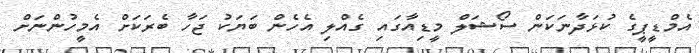
އެމްޑީޕީގެ ކުޅަދާނަކަން ސޯޝަލް މީޑިއާގައި ގެއްލި އެހެން ބަޔަކު ޖަހާ ބެރަކަށް އެމީހުންނަށް